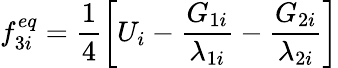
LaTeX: f_{3i}^{eq}=\frac{1}{4}\left[U_{i}-\frac{G_{1i}}{\lambda_{1i}}-\frac{G_{2i}}{\lambda_{2i}}\right]